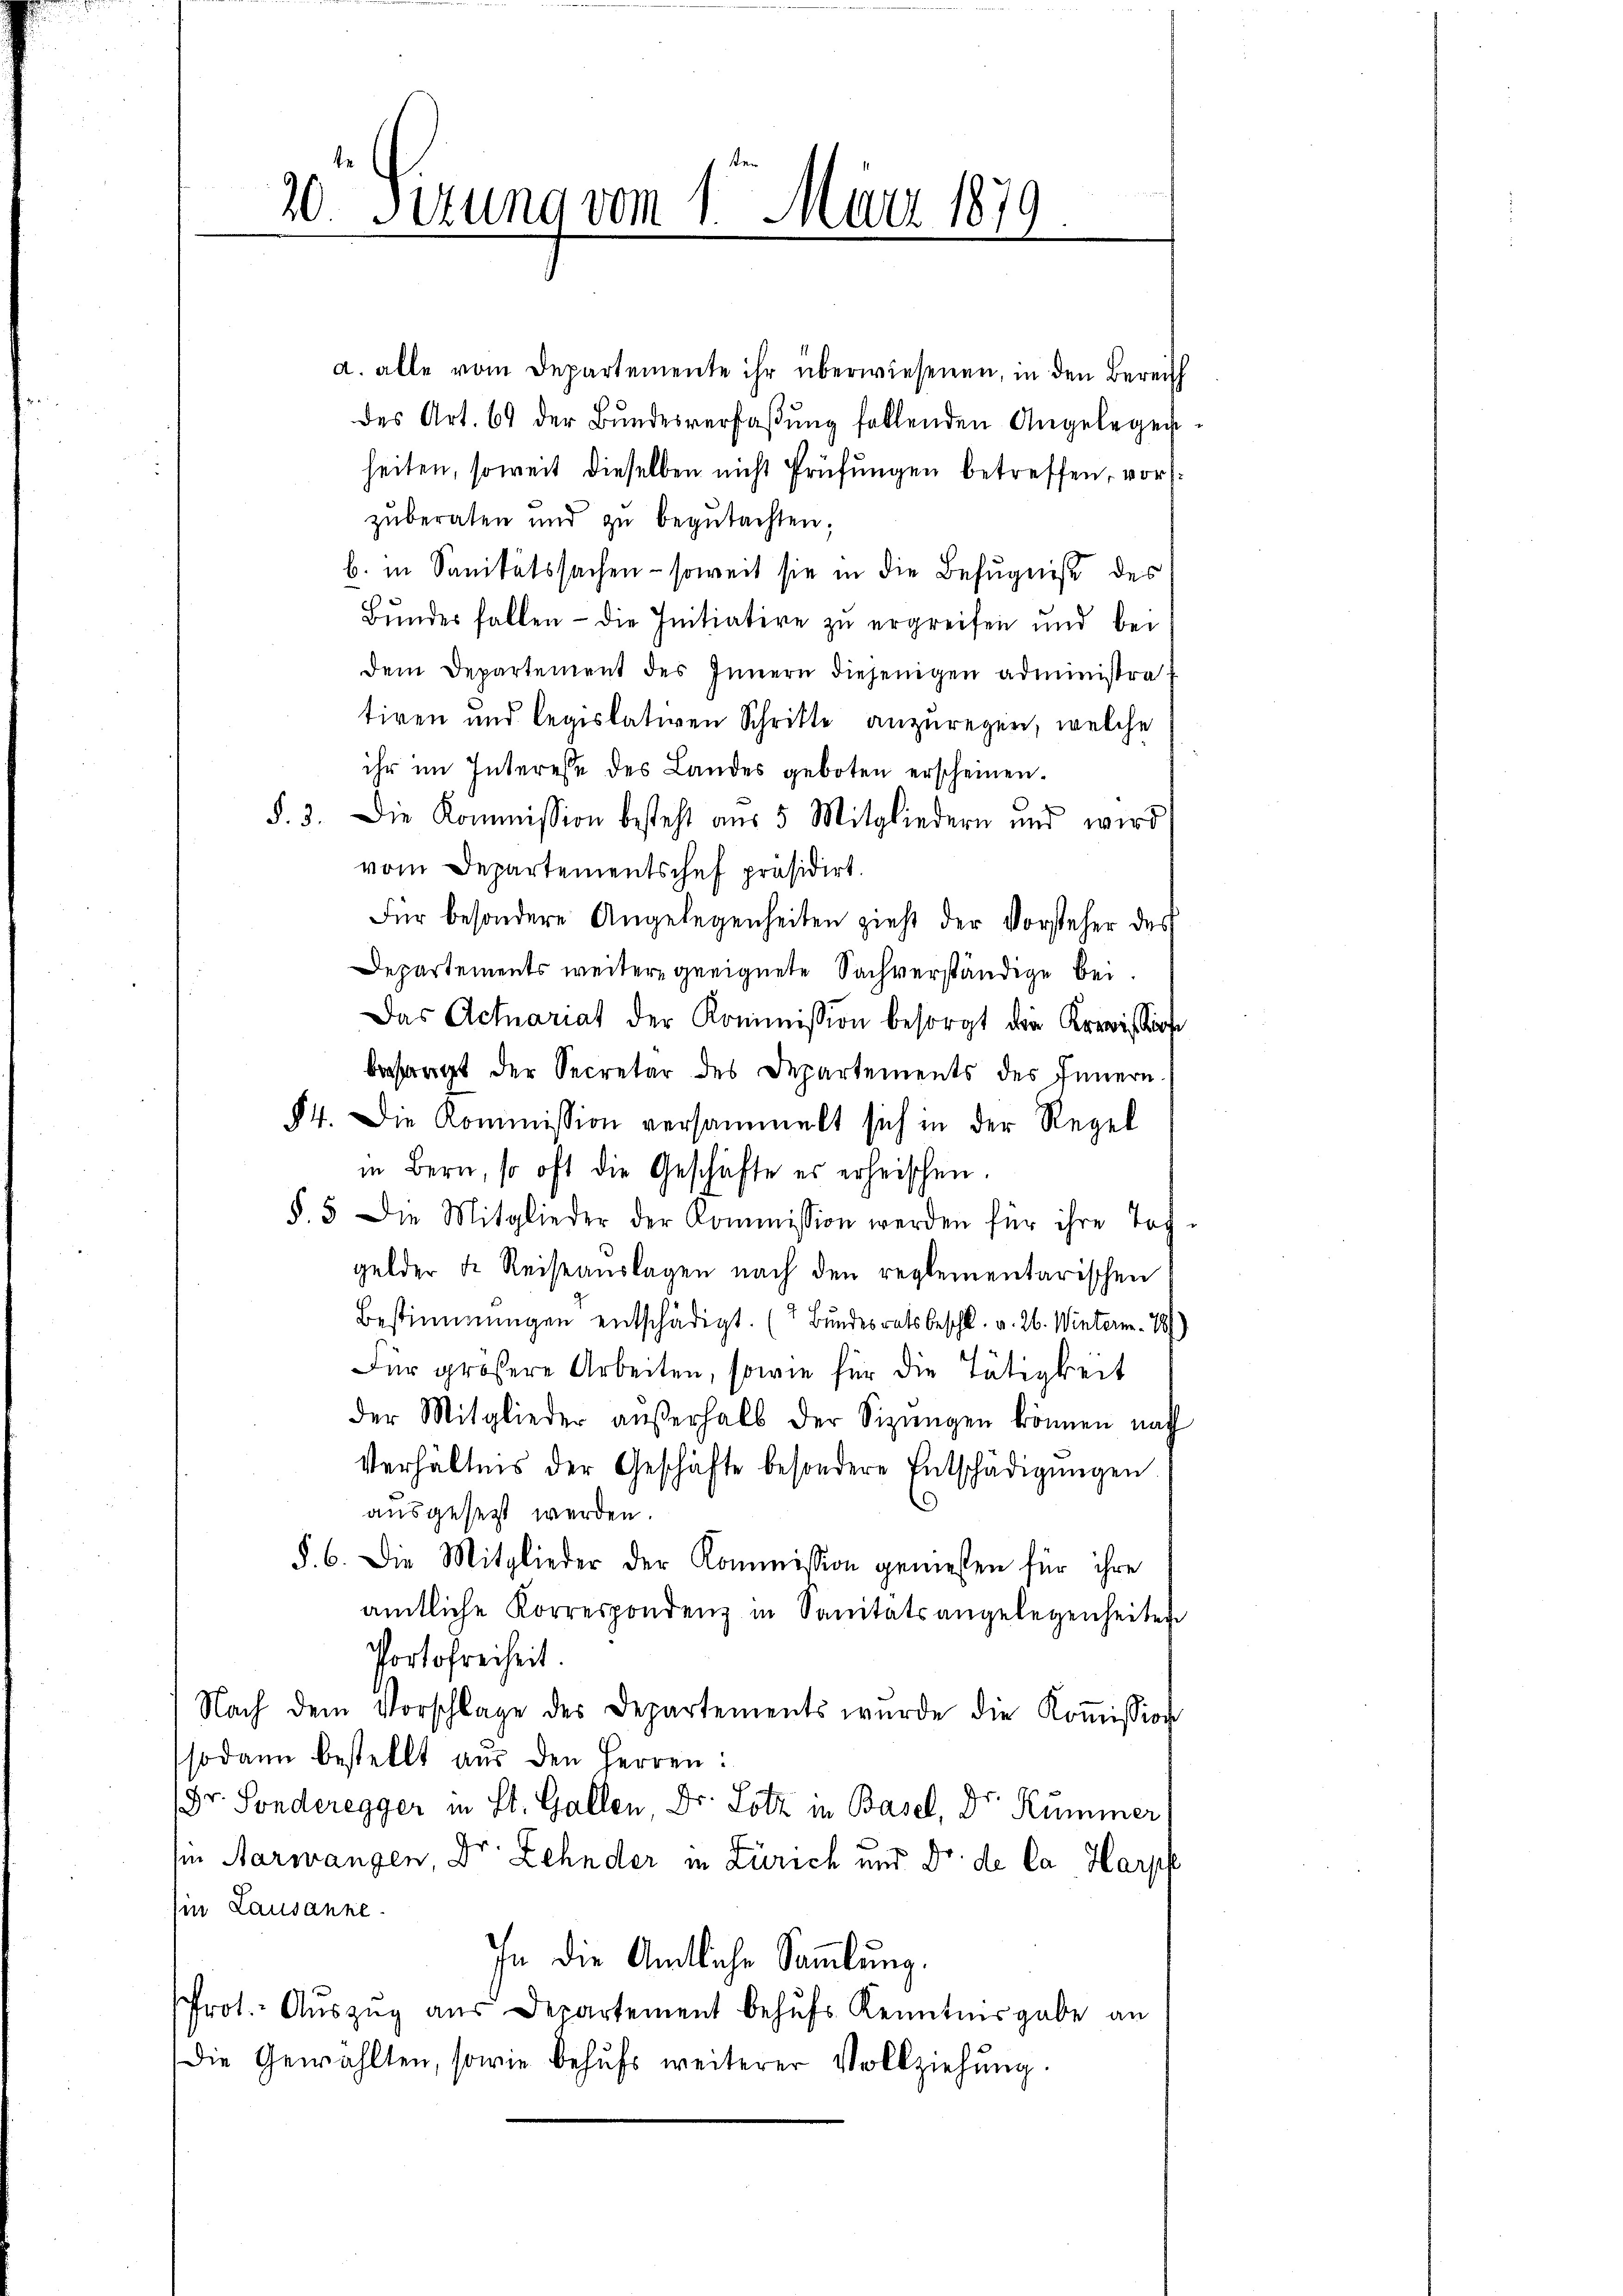
.

20 Sizung vom 1. März 1879.

d. alle vom Departemente ihr überwiesenen, in den Bereich
des Art. 69 der Bŭndesverfaßung follenden Angelegen-
heiten, soweit dieselben nicht Prüfungen betreffen, vorzŭberaten und zŭ begutachten;
b. in Sanitätssachen - soweit sie in die Befugniß des
Bŭndes fallen - die Initiative zu ergreifen und bei
dem Departement des Innern diejenigen administratiren und legislativen Schritte anzuregen, welche
ihr im Interesse des Landes geboten erscheinen.
§. 3. Die Kommission besteht aus 5 Mitgliedern und wird
vom Departementschef präsidirt.
Für besondere Angelegenheiten zieht der Vorsteher des
Departements weiter geeignete Sachverständige bei
Das Actuariat der Kommission besorgt die Kreission
befragt der Secretär des Departements des Innern.
§ 4. Die Kommission versammelt sich in der Regel
in Bern, so oft die Geschäfte es erheischen.
§. 5. Die Mitglieder der Kommission werden für ihre Toch-
gelder de Reiseauslagen nach den reglementarischen
Bestimmungen entschädigt. (Bundesrats beschl. v. 26. Winterm. 181)
Für größere Arbeiten, sowie für die Tätigkeit
der Mitglieder aŭβerhalb der Sizŭngen können nach
Verhältnis der Geschäfte besondere Entschädigŭngen
.
ausgesetzt werden.
§. 6. Die Mitglieder der Kommission gemessen für ihre
amtliche Korrespondenz in Sanitätsangelegenheiten
Portofreiheit.
Nach dem Vorschlage des Departements wurde die Koṁission
sodann bestellt aus den Herren:
Dr. Sonderegger in St. Gallen Dr. Lotz in Basel, Dr. Kümmer,
sin Aarwangen, Dr Zehnder in Zürich und Dr. de la Harpf
in Lausanne.
In die Amtliche Sammlung.
Prot. Aŭszŭg aŭs Departement behŭfs Kenntnisgabe an
Die Gewählten, sowie behŭfs weiterer Vollziehŭng.